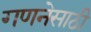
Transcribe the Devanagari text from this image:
गणनेसाठी